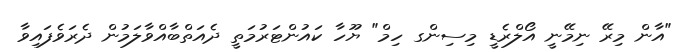
"އާން މިރޭ ނިމޭނީ އޯލްރެޑީ މިސިންގ ހިމް" ޔޫހާ ކައުންޓަރުމަތީ ދެއަތްބާއްވާލަމުން ދެރަވެފައިވާ